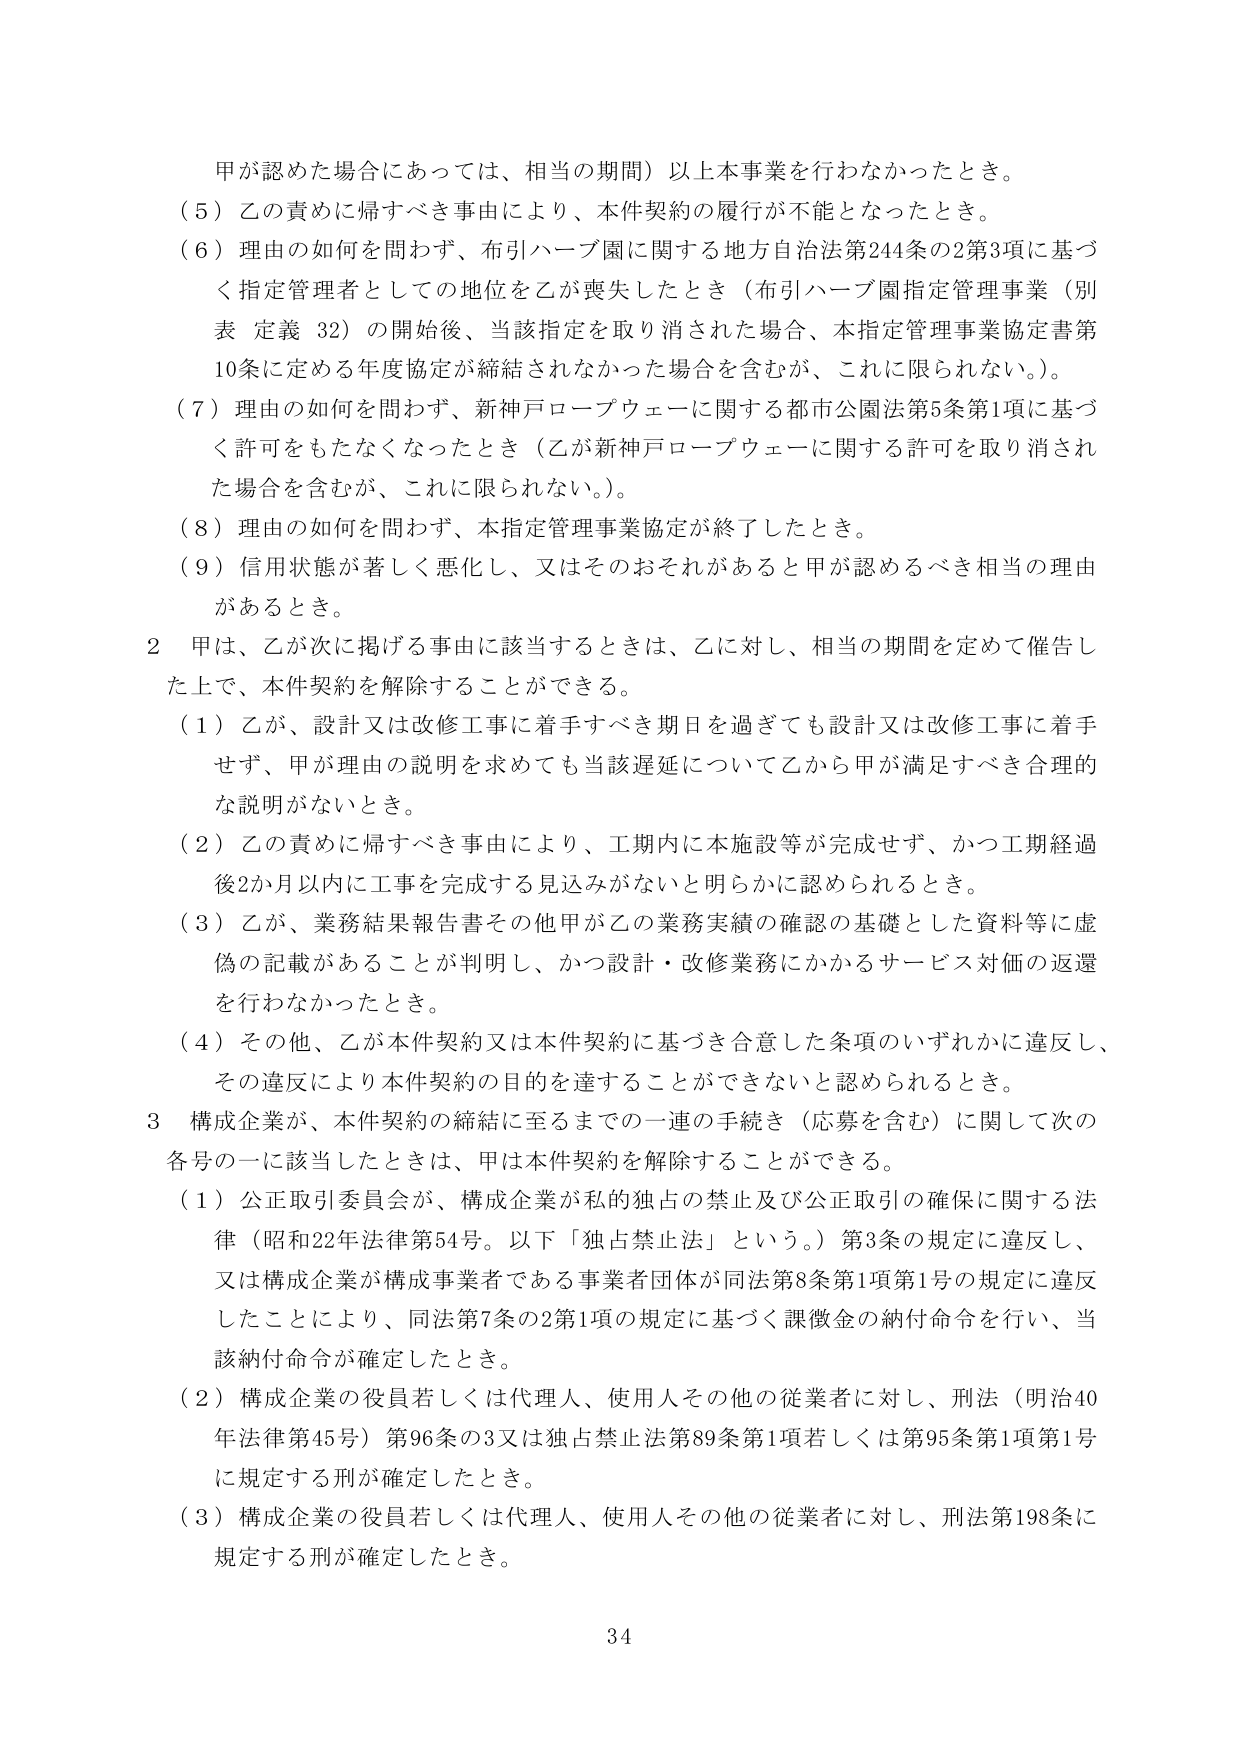
甲が認めた場合にあっては、相当の期間）以上本事業を行わなかったとき。
（５）乙の責めに帰すべき事由により、本件契約の履行が不能となったとき。
（６）理由の如何を問わず、布引ハーブ園に関する地方自治法第244条の2第3項に基づく指定管理者としての地位を乙が喪失したとき（布引ハーブ園指定管理事業（別表 定義 32）の開始後、当該指定を取り消された場合、本指定管理事業協定書第10条に定める年度協定が締結されなかった場合を含むが、これに限られない。）。
（７）理由の如何を問わず、新神戸ロープウェーに関する都市公園法第5条第1項に基づく許可をもたなくなったとき（乙が新神戸ロープウェーに関する許可を取り消された場合を含むが、これに限られない。）。
（８）理由の如何を問わず、本指定管理事業協定が終了したとき。
（９）信用状態が著しく悪化し、又はそのおそれがあると甲が認めるべき相当の理由があるとき。
２ 甲は、乙が次に掲げる事由に該当するときは、乙に対し、相当の期間を定めて催告した上で、本件契約を解除することができる。
（１）乙が、設計又は改修工事に着手すべき期日を過ぎても設計又は改修工事に着手せず、甲が理由の説明を求めても当該遅延について乙から甲が満足すべき合理的な説明がないとき。
（２）乙の責めに帰すべき事由により、工期内に本施設等が完成せず、かつ工期経過後2か月以内に工事を完成する見込みがないと明らかに認められるとき。
（３）乙が、業務結果報告書その他甲が乙の業務実績の確認の基礎とした資料等に虚偽の記載があることが判明し、かつ設計・改修業務にかかるサービス対価の返還を行わなかったとき。
（４）その他、乙が本件契約又は本件契約に基づき合意した条項のいずれかに違反し、その違反により本件契約の目的を達することができないと認められるとき。
３ 構成企業が、本件契約の締結に至るまでの一連の手続き（応募を含む）に関して次の各号の一に該当したときは、甲は本件契約を解除することができる。
（１）公正取引委員会が、構成企業が私的独占の禁止及び公正取引の確保に関する法律（昭和22年法律第54号。以下「独占禁止法」という。）第3条の規定に違反し、又は構成企業が構成事業者である事業者団体が同法第8条第1項第1号の規定に違反したことにより、同法第7条の2第1項の規定に基づく課徴金の納付命令を行い、当該納付命令が確定したとき。
（２）構成企業の役員若しくは代理人、使用人その他の従業者に対し、刑法（明治40年法律第45号）第96条の3又は独占禁止法第89条第1項若しくは第95条第1項第1号に規定する刑が確定したとき。
（３）構成企業の役員若しくは代理人、使用人その他の従業者に対し、刑法第198条に規定する刑が確定したとき。
34